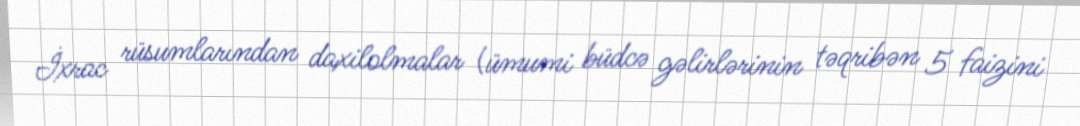
İxrac rüsumlarından daxilolmalar (ümumi büdcə gəlirlərinin təqribən 5 faizini